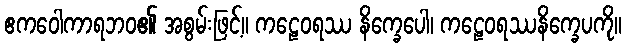
ဧကဝေါကာရဘဝ၏ အစွမ်းဖြင့်။ ကဠေဝရဿ နိက္ခေပေါ၊ ကဠေဝရဿနိက္ခေပကို။